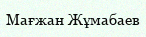
Мағжан Жұмабаев